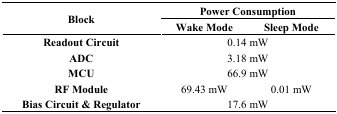
| <ROWSPAN=3> Block | <COLSPAN=2> Power Consumption |
 | Wake Mode | Sleep Mode |
 | --- | --- | --- |
 | Readout Circuit | <COLSPAN=2> 0.14 mW |
 | ADC | <COLSPAN=2> 3.18 mW |
 | MCU | <COLSPAN=2> 66.9 mW |
 | RF Module | 69.43 mW | 0.01 mW |
 | Bias Circuit & Regulator | <COLSPAN=2> 17.6 mW |